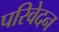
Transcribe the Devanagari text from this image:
परिवेदन